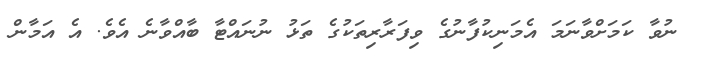
ނުވާ ކަމަށްވާނަމަ އެމަނިކުފާނުގެ ވިފަރާރިތަކުގެ ތަޅު ނުނައްޓާ ބާއްވާނެ އެވެ. އެ އަމާން